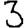
Digit: 3